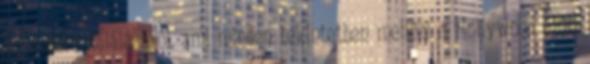
egymásra találásáról, ami minden tekintetben mellőzi a Hollywood által